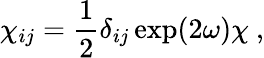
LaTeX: \chi_{ij}={\frac{1}{2}}\delta_{ij}\exp(2\omega)\chi~,